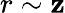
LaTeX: r\sim\mathbf{z}